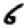
Digit: 6